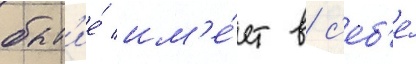
быт'ие́ им'е́ет в с'еб'е́